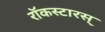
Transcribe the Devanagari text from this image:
रॉकस्टारस्